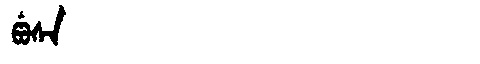
Manchu: ᡦᡠᠰᠠ
Romanization: PUSA